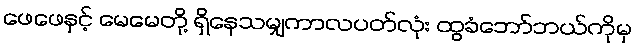
ဖေဖေနှင့် မေမေတို့ ရှိနေသမျှကာလပတ်လုံး ထွခံဘော်ဘယ်ကိုမှ